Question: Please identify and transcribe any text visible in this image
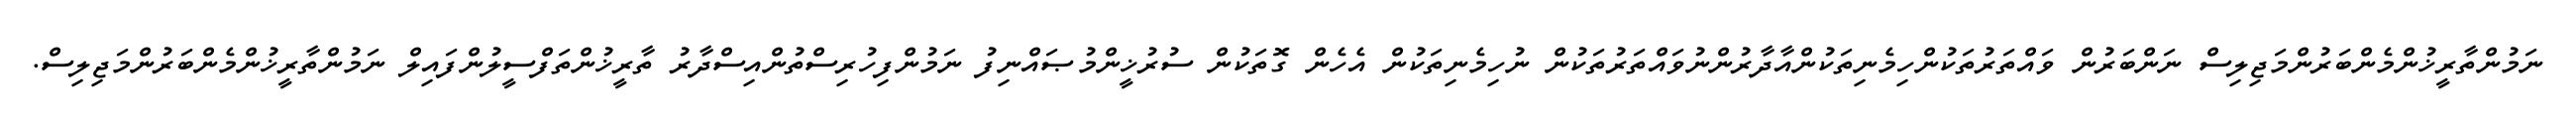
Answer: ނަމުންތާރީޚުންމެންބަރުންމަޖިލިސް ނަންބަރުން ވައްތަރުތަކުންހިމެނިތަކުންއާދާރުންނުވައްތަރުތަކުން ނުހިމެނިތަކުން އެހެން ގޮތަކުން ސުރުޚީންމުޞައްނިފު ނަމުންފިހުރިސްތުންއިސްދާރު ތާރީޚުންތަފްސީލުންފައިލް ނަމުންތާރީޚުންމެންބަރުންމަޖިލިސް.